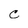
Character: C